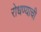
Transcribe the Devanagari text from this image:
रोधण्याची